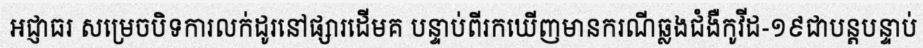
អជ្ញាធរ សម្រេចបិទការលក់ដូរនៅផ្សារដើមគ បន្ទាប់ពីរកឃើញមានករណីឆ្លងជំងឺកូវីដ-១៩ជាបន្តបន្ទាប់